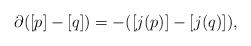
LaTeX: \begin{align*}\partial([p]-[q])=-([j(p)]-[j(q)]),\end{align*}